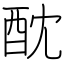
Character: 酖